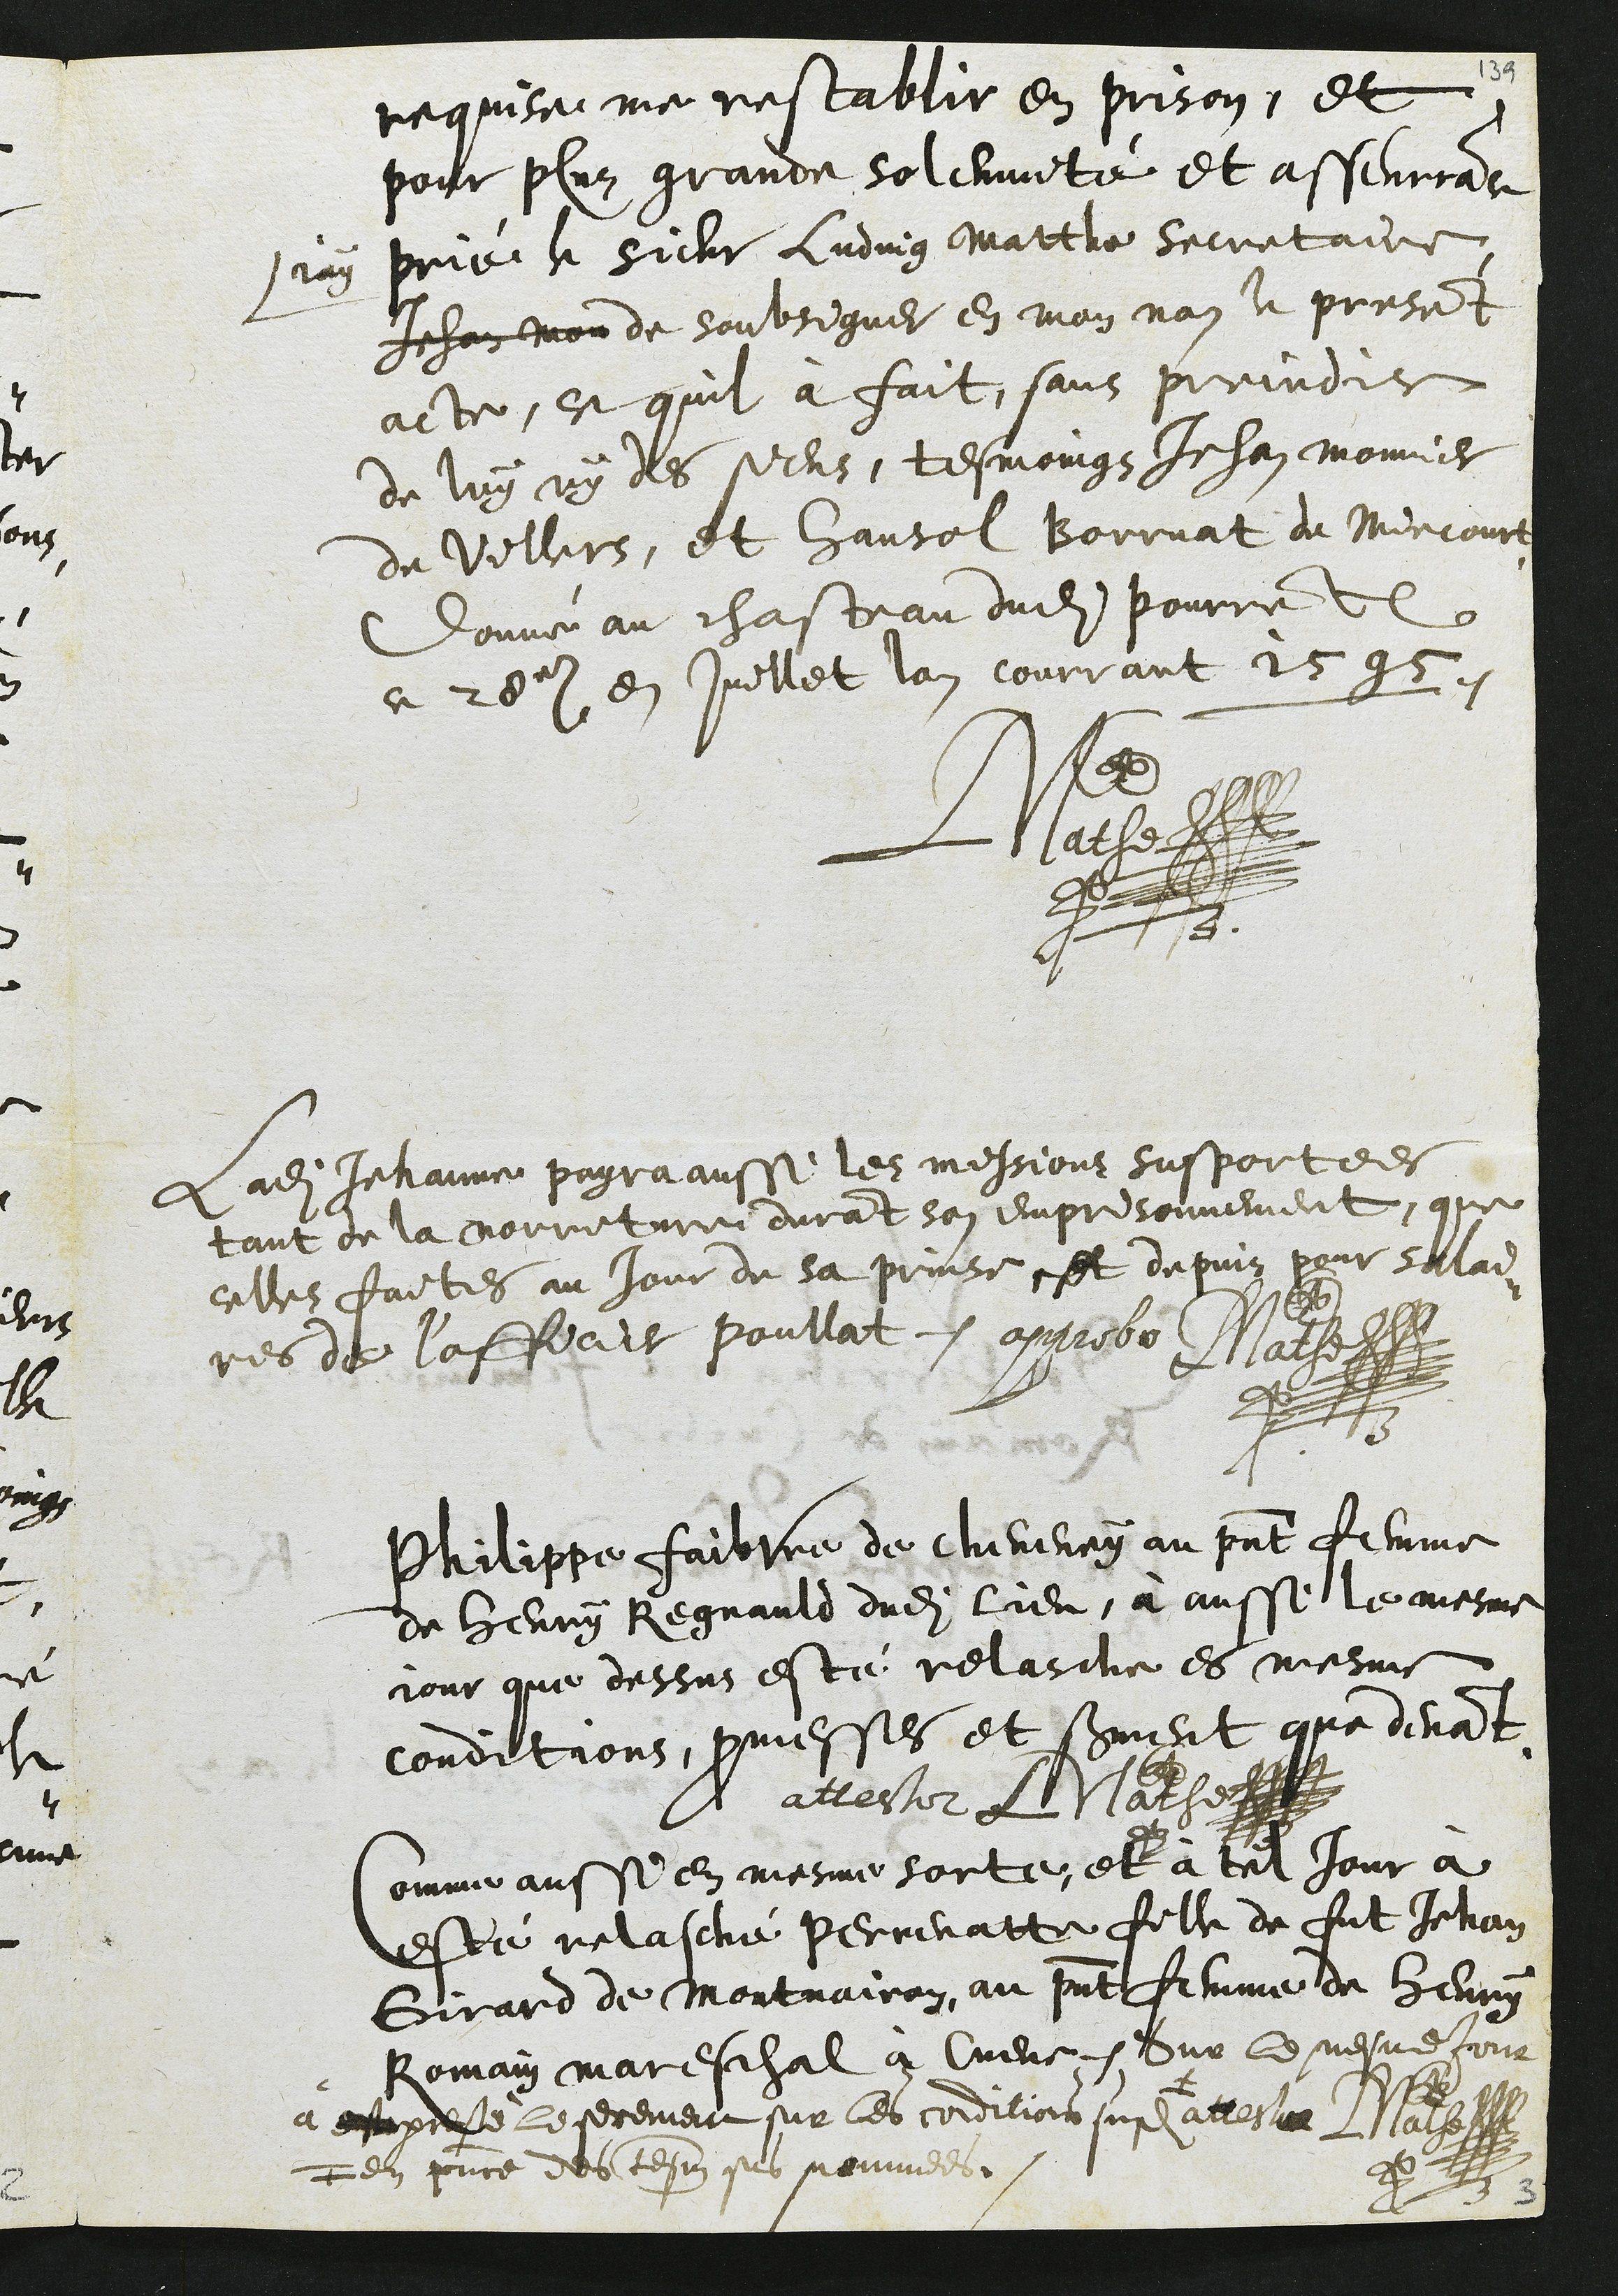
requise me restablir en prison, et
pour plus grande solemnité et asseurrance
jay prié le sieur Ludvig Matthe secretaire,
Jehan Mon de soubsigner en mon nom le present
acte, ce quil à fait, sans prejudice
de luy ny des siens, tesmoings Jehan Monnier
de Villers, et Hansol Borruat de Miecourt
Donné au chasteau dudit Pourrentruy
ce 28e en Juillet lan courrant 1595.
LMathe
Ladite Jehanne payra aussi les missions supportees
tant de la norriture durant son emprisonnement, que
celles faites au jour de sa prinse et depuis pour salai¬
res de l'officier poullat. approbo LMathe
Philippe faibvre de cheveney au present femme
de Henry Regnauld dudit lieu, à aussi le mesme
jour que dessus esté relasche es mesme
conditions, promesses et serment que devant.
attestor LMathe
Comme aussi en mesme sorte, et à tel jour à
este relasché Perrenatte fille de fut Jehan
Girard de Montvairon, au present femme de Henry
Romain mareschal à Cueve. Sur le mesme jour
a presté le serement sur les conditions susdites
# en presence des tesmoins sus nommees.
attestor LMathe
3